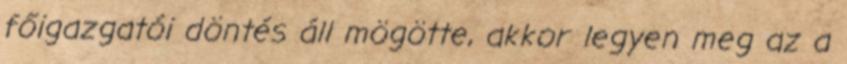
főigazgatói döntés áll mögötte, akkor legyen meg az a